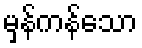
မှန်ကန်သော